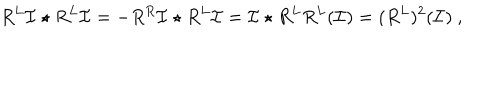
LaTeX: R ^ { L } \mathcal { I } \star R ^ { L } \mathcal { I } = - R ^ { R } \mathcal { I } \star R ^ { L } \mathcal { I } = \mathcal { I } \star R ^ { L } R ^ { L } ( \mathcal { I } ) = ( R ^ { L } ) ^ { 2 } ( \mathcal { I } ) \ ,